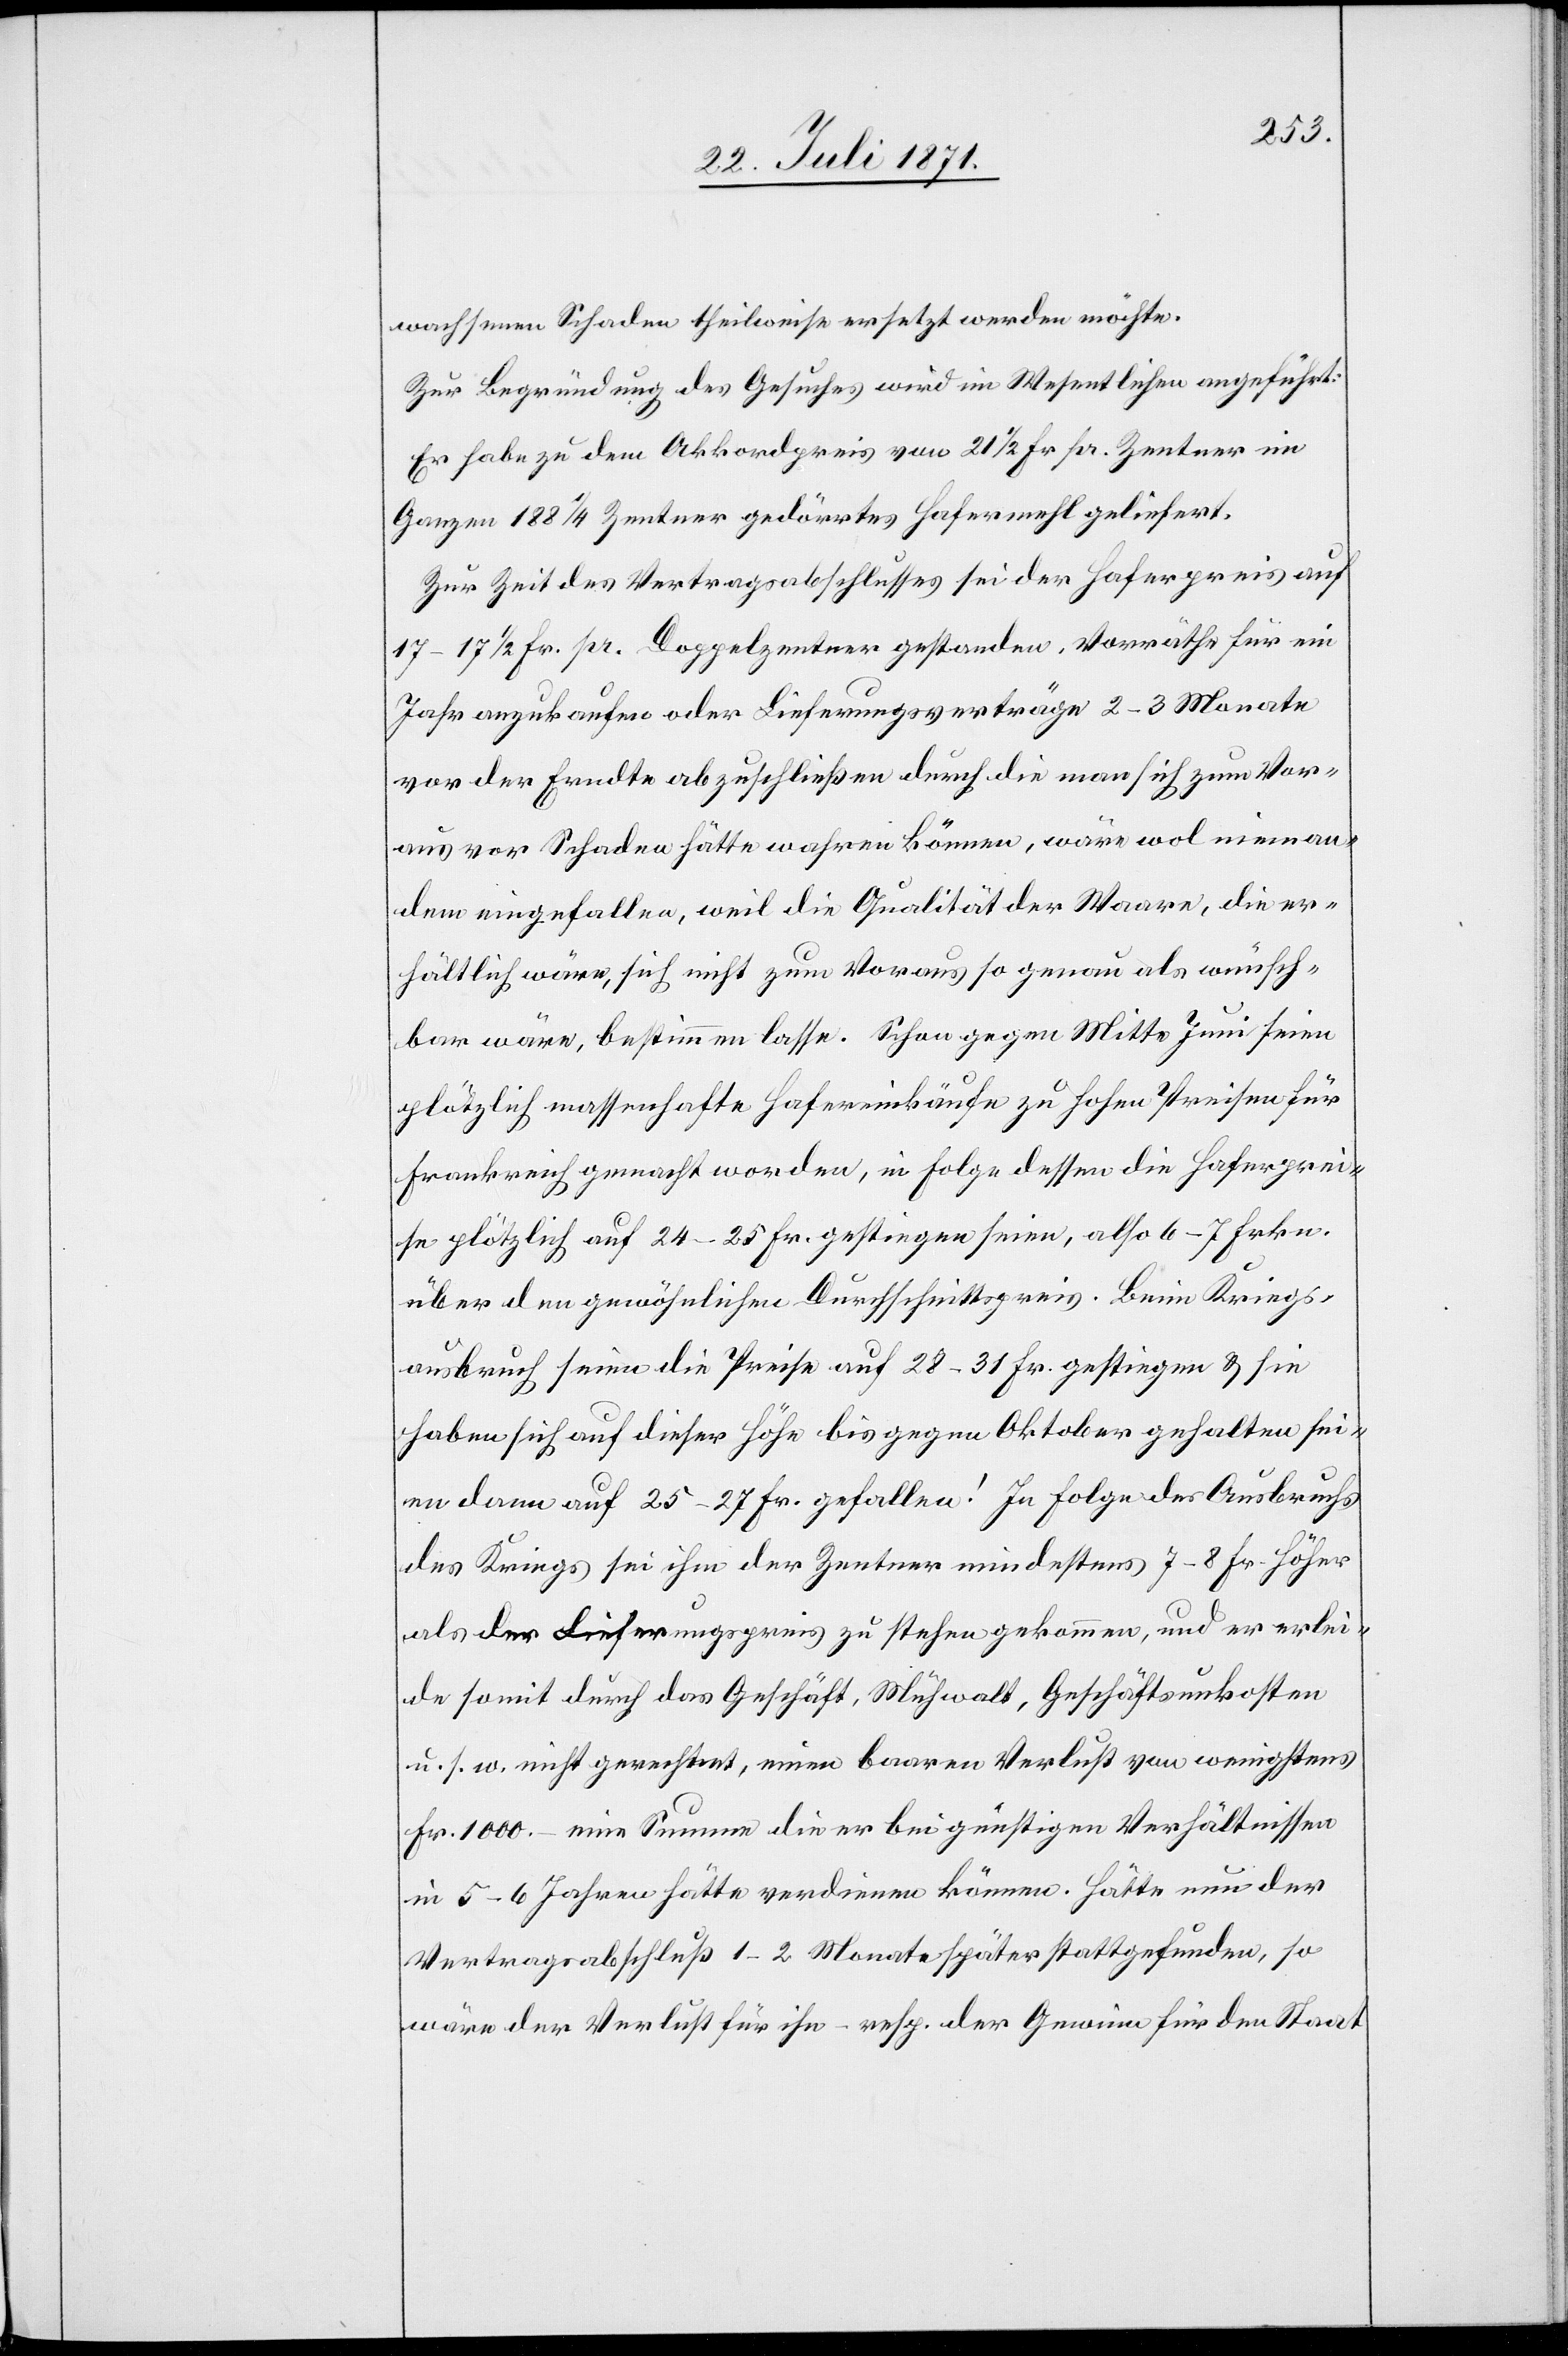
wachsenen Schaden theilweise ersetz werden möchte.
Zur Begründung des Gesuches wird im Wesentlichen angeführt:
Er habe zu dem Akkordpreis von 21 1/2 Fr. pr. Zentner im
Ganzen 188 1/4 Zentner gedörrtes Hafermehl geliefert.
Zur Zeit des Vertragsabschusses sei der Haferpreis auf
17–17 1/2 Fr. pr. Doppelzentner gestanden. Vorräthe für ein
Jahr anzukaufen oder Lieferungsverträge 2–3 Monate
von der Erndte abzuschließen durch die man sich zum Vor¬
aus vor Schaden hätte wahren können, wären wol nieman¬
dem eingefallen, weil die Qualität der Waare, die er¬
hältlich wäre, sich nicht zum Voraus so genau als wünsch¬
bar wäre, bestimmen lasse. Schon gegen Mitte Juni seien
plötzlich massenhafte Hafereinkäufe zu hohen Preisen für
Frankreich gemacht worden, in Folge dessen die Haferprei¬
se plötzlich auf 24–25 Fr. gestiegen seien, also 6–7 Frkn.
über den gewöhnlichen Durchschnittspreis. Beim Kriegs¬
ausbruch seien die Preise auf 28–31 Fr. gestiegen u. sie
haben sich auf dieses Höhe bis gegen Oktober gehalten sei¬
en dann auf 25–27 Fr. gefallen! In Folge des Ausbruchs
des Kriegs sei ihm der Zentner mindestens 7–8 Fr. höher
als der Lieferungspreis zu stehen gekommen, und er erlei¬
de somit durch das Geschäft, Mühwalt, Geschäftsunkosten
u. s. w. nicht gerechnet, einen baaren Verlust von wenigstens
Fr. 1000.– eine Summe die er bei günstigen Verhältnissen
in 5–6 Jahren hätte verdienen können. Hätte nun der
Vertragsabschluß 1–2 Monate später stattgefunden, so
wäre der Verlust für ihn – resp. der Gewinn für den Staat